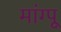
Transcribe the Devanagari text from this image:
मांग्पू